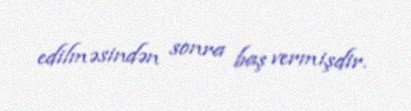
edilməsindən sonra baş vermişdir.